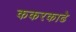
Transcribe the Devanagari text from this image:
ककरकाढे